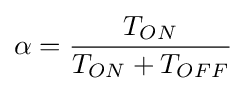
\alpha ={\frac {T_{ON}}{T_{ON}+T_{OFF}}}